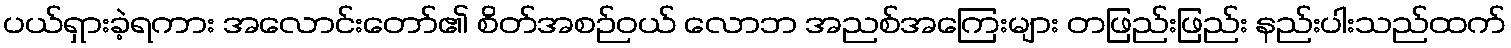
ပယ်ရှားခဲ့ရကား အလောင်းတော်၏ စိတ်အစဉ်ဝယ် လောဘ အညစ်အကြေးများ တဖြည်းဖြည်း နည်းပါးသည်ထက်